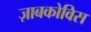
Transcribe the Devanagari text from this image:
ज़ाबकोविस